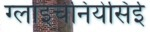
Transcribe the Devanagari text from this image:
ग्लाइचेनियेसिई